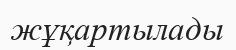
жұқартылады